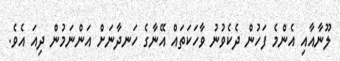
ލޫނާއާއި އެންމެ ފަހުން ދެކެވުނު ވާހަކަތައް އޭނާގެ ހަނދާނަށް އަންނަމުން ދިއަ އެވެ.